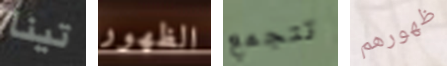
تينا الظهور تتجمع ظهورهم